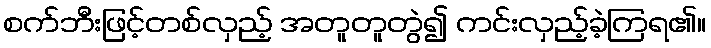
စက်ဘီးဖြင့်တစ်လှည့် အတူတူတွဲ၍ ကင်းလှည့်ခဲ့ကြရ၏။